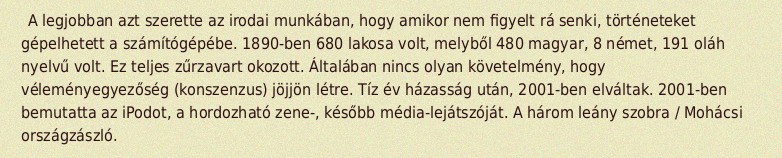
A legjobban azt szerette az irodai munkában, hogy amikor nem figyelt rá senki, történeteket gépelhetett a számítógépébe. 1890-ben 680 lakosa volt, melyből 480 magyar, 8 német, 191 oláh nyelvű volt. Ez teljes zűrzavart okozott. Általában nincs olyan követelmény, hogy véleményegyezőség (konszenzus) jöjjön létre. Tíz év házasság után, 2001-ben elváltak. 2001-ben bemutatta az iPodot, a hordozható zene-, később média-lejátszóját. A három leány szobra / Mohácsi országzászló.